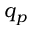
q _ { p }